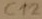
Text: C12